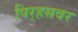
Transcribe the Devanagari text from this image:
पिर्‍हसवर